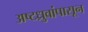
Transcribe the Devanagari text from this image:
अष्टध्रुवांपासून